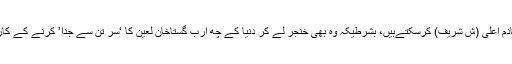
ان کا مقابلہ صرف خادم اعلی (ش شریف) کرسکتےہیں، بشرطیکہ وہ بھی خنجر لے کر دنیا کے چھ ارب گستاخانِ لعین کا ‘سر تن سے جدا’ کرنے کے کارِ خیر میں شریک ہو۔